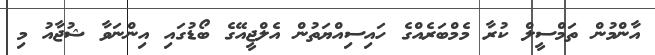
އާންމުން ތަމްސީލް ކުރާ މެމްބަރެއްގެ ހައިސިއްޔަތުން އެލްޖީއޭގެ ބޯޑުގައި އިންނަވާ ޝުޖާއު މި